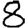
Digit: 8